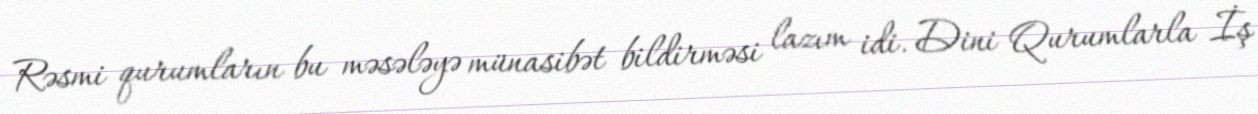
Rəsmi qurumların bu məsələyə münasibət bildirməsi lazım idi. Dini Qurumlarla İş